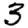
Digit: 3